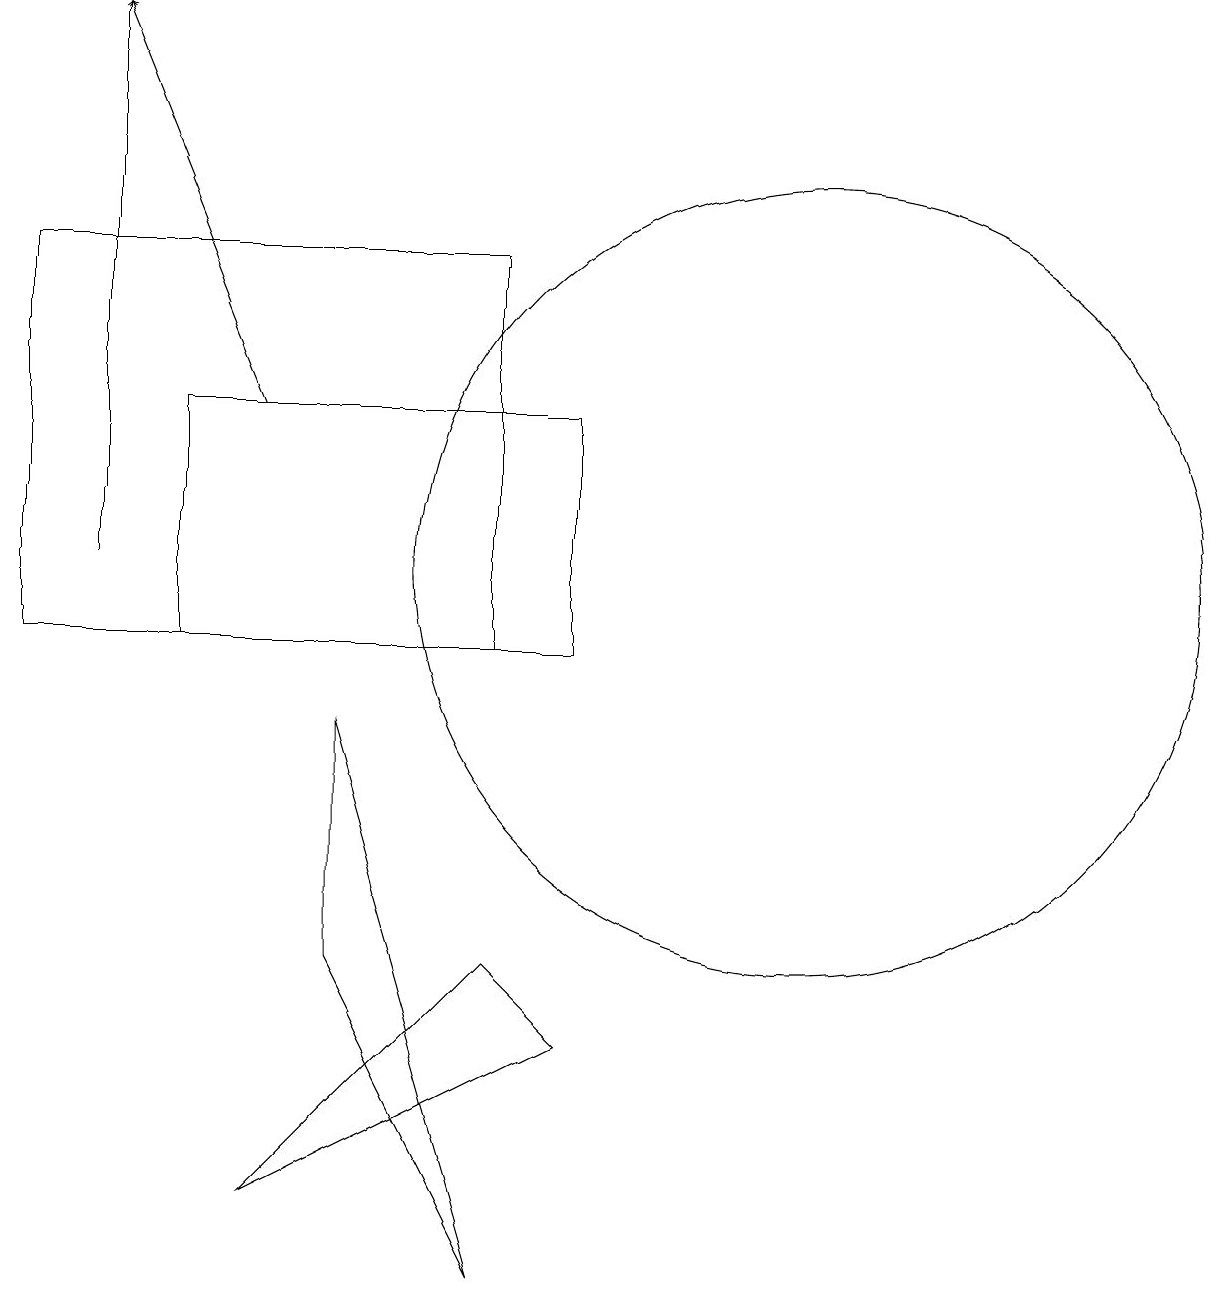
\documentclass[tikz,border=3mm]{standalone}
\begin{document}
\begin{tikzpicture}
\draw (10,11) circle (0);
\draw (5,6) -- (5,9) -- (7,2) -- cycle;
\draw[->] (2,11) -- (2,18);
\draw (7,10) rectangle (1,15);
\draw (8,5) -- (7,6) -- (4,3) -- cycle;
\draw[->] (4,13) -- (2,18);
\draw (8,13) rectangle (3,10);
\draw (11,11) circle (5);
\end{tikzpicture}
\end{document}